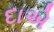
દાએ